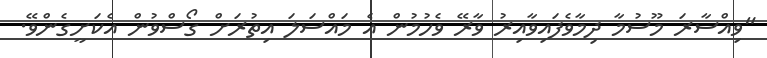
"ވިއްސާރަ މޫސުމާ ދިމާވެފައިވާއިރު ވާރޭ ވެހުމުން އެ މައްސަލަ އިތުރަށް ގޯސްވުން އެކަށީގެންވޭ.